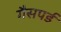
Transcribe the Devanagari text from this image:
गैसपर्ड